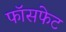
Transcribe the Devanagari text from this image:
फॉसफेट